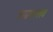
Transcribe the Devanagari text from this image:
ताम्रपल्लव